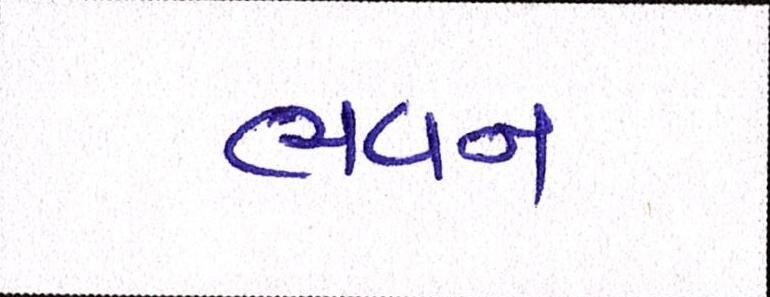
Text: ભવન